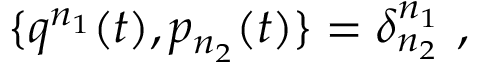
\{ q ^ { n _ { 1 } } ( t ) , p _ { n _ { 2 } } ( t ) \} = \delta _ { n _ { 2 } } ^ { n _ { 1 } } \ ,